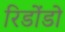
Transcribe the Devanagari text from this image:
रिडोंडो